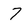
Character: 7